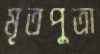
মৃতপুত্রা